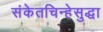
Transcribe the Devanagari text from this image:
संकेतचिन्हेसुद्धा